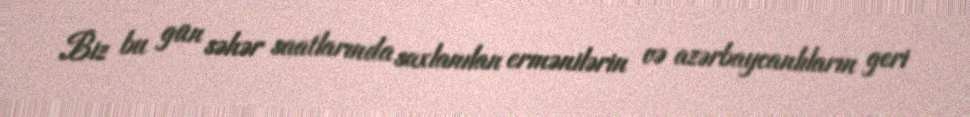
Biz bu gün səhər saatlarında saxlanılan ermənilərin və azərbaycanlıların geri